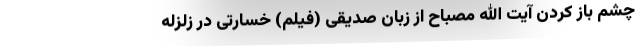
چشم باز کردن آیت الله مصباح از زبان صدیقی (فیلم) خسارتی در زلزله